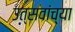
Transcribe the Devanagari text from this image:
उत्सवांच्या